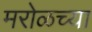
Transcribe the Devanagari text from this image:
मरोळच्या